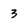
Character: 3